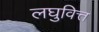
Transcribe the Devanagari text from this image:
लघुवित्त